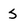
Character: S